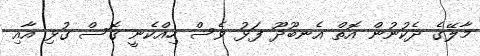
މާލޭގެ ދެކުނުން އޮތް އެނބޫދޫ ފަޅު ވެސް ހިއްކެނީ ގޮސް ގުޅި އާއި